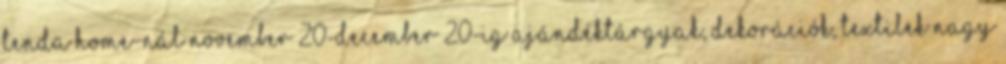
Tenda Home-nál november 20-december 20-ig ajándéktárgyak, dekorációk, textilek nagy